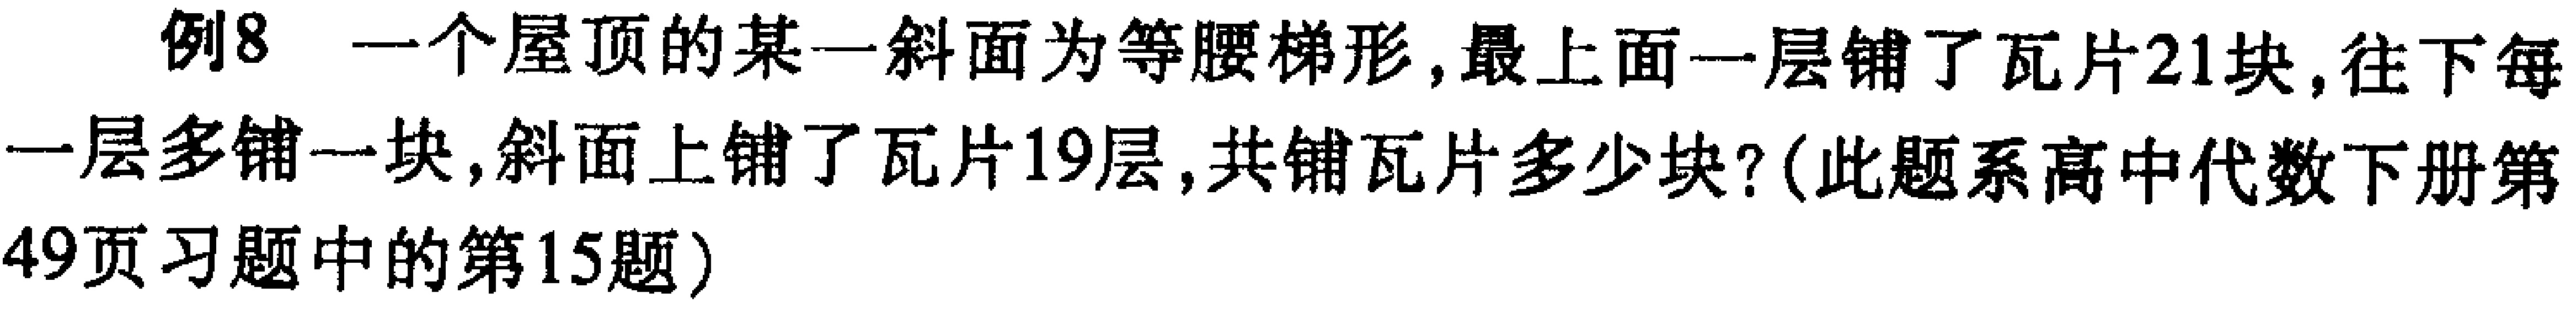
例8 一个屋顶的某一斜面为等腰梯形,最上面一层铺了瓦片21块,往下每一层多铺一块,斜面上铺了瓦片19层,共铺瓦片多少块?(此题系高中代数下册第49页习题中的第15题)